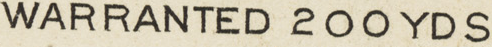
WARRANTED 200YDS